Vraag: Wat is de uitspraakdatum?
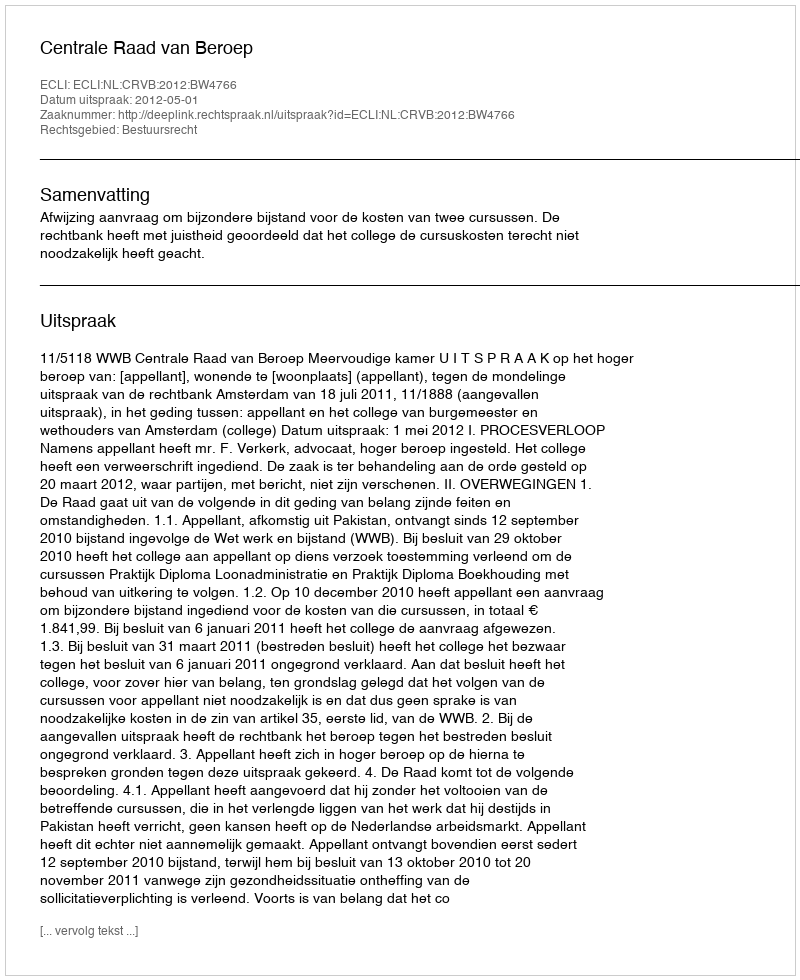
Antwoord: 2012-05-01